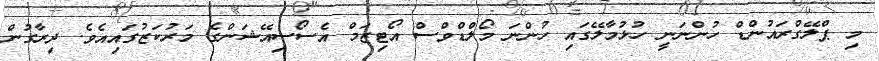
މި ޕްލޭގްރައުންޑް ހުންނަނީ ހުޅުމާލޭގައި ހުންނަ މޯލްޑްވްސް އޯޓިޒަމް އެސޯސިއޭޝަންގެ މަރުކަޒުގައިއެވެ. ދިރާގުން